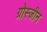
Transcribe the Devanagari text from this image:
ग्रोस्जीन